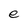
Character: e